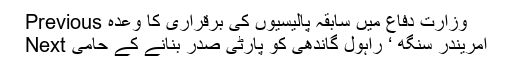
Previous وزارت دفاع میں سابقہ پالیسیوں کی برقراری کا وعدہ
Next امریندر سنگھ ‘ راہول گاندھی کو پارٹی صدر بنانے کے حامی